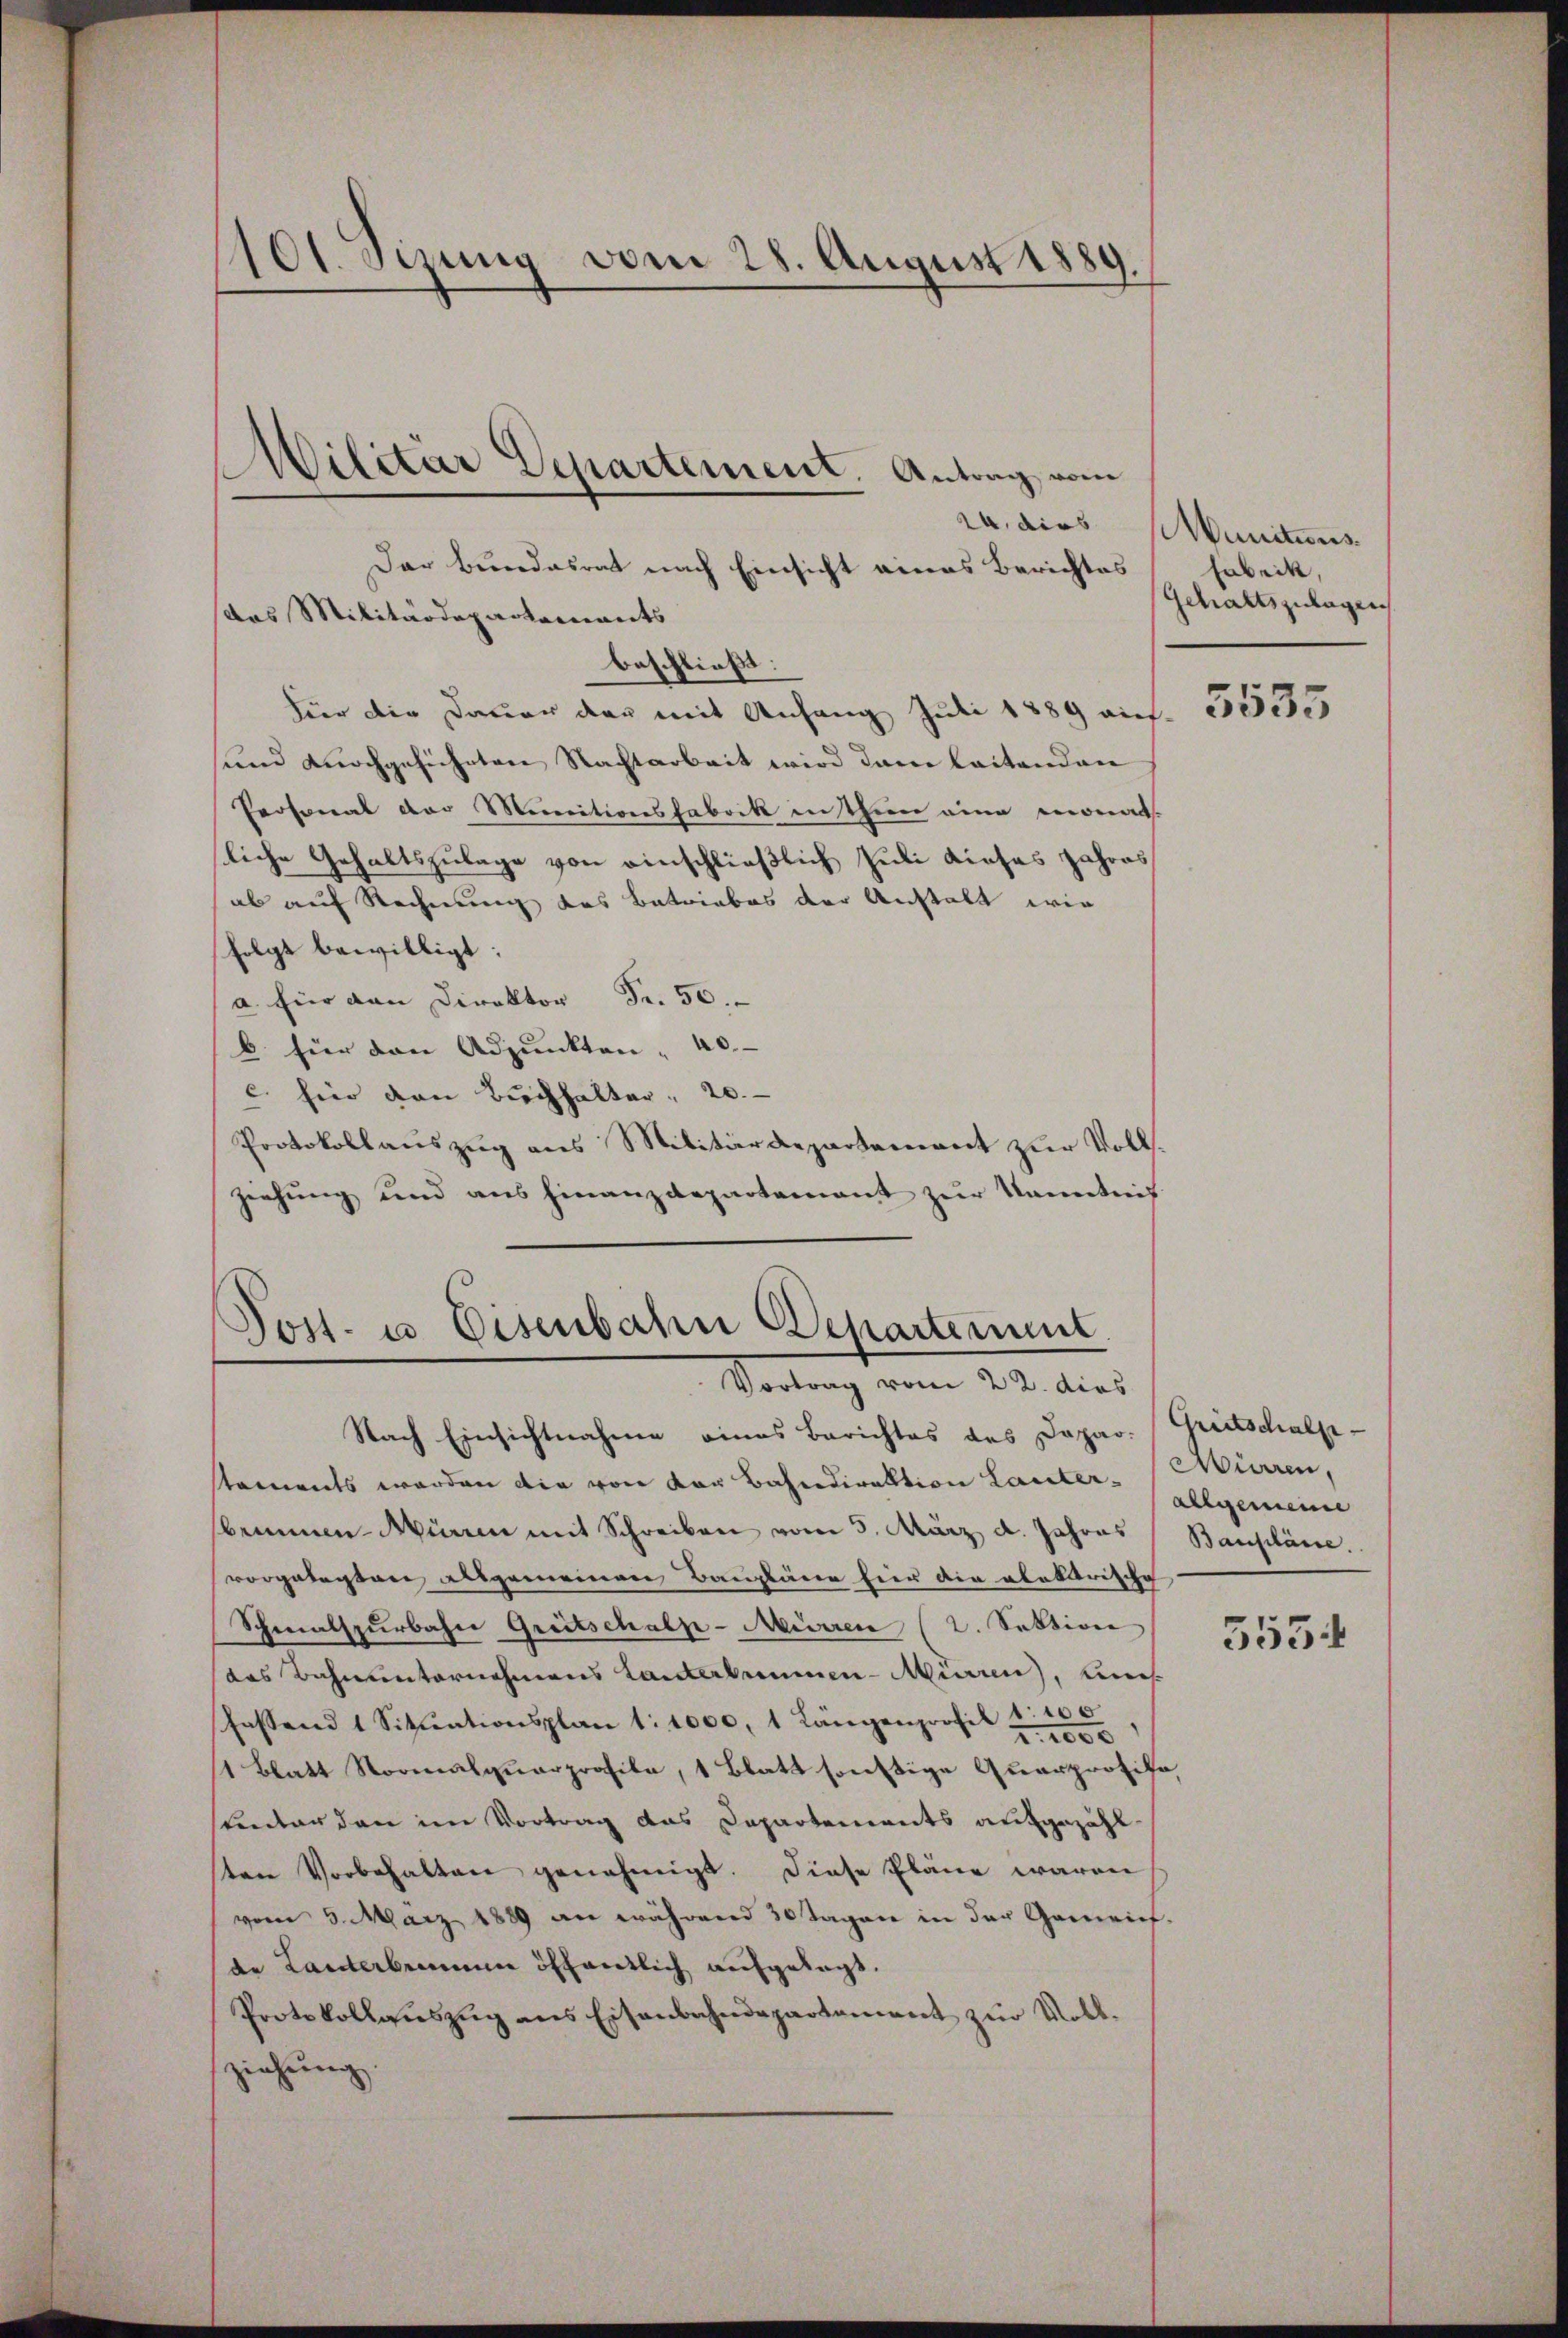
101. Sizung vom 28. August 1889.

das Militärdepartements
beschließt:
Für die Dauer der mit Anfang Juli 1889 auf¬
und durchgeführten Nachtarbeit wird dann leitenden
Prosonal der Minitionsfabrik in thun eine monat.
liche Gehaltszulage von einschließlich Juli dieses Jahres
ab auf Rechnung des Betriebes der Anstalt wie
folgt bewilligt:
a für dan Direktor Fr. 50.
b. für den Adjunkten " 40.
c. hier von Buchhalter, 20.
Protokollauszug aus Militärdepartement zur Vollziehung und aus Finanzdepartement zur Kenntnis

Militar Departement. Antrag vom
Der Bundesrat nach Einsicht eines Berichtes

Post- u. Eisenbahn Departement.
Vortrag vom 22. dies

Nach Einsichtnahme eines Berichtes des Dapar. Greitschalpe-
staments werden die von der Bahndirektion Laster allgemeine
brunnen-Mürren mit Schreiben vom 5. März d. Jahres Baupläne.
vorgelegten allgemeinen Baupläne für die alaktrische
Schmalspurbahn Greitschalp-Mürren (2. Sektion
das Bahnunternehmens Lanterkommen-Mürren, eines
Fastand 1 Sitŭationsplan 1:1000, 1 Längenprofil de
1 Blatt Normalqŭarprofile, 1 Blatt sonstige Qŭarprotiko
stentar den im Vortrag das Departements aufgezähl
sten Vorbehalten genehmigt. Diese Pläne waren
vom 5. März 1889 an während 30 Tagen in der Gemeint.
de Lanterbrenner öffentlich aufgelegt.
Protokollaŭszŭg ans Eisenbahndepartament zur Vollziehŭng

r. dies Munitions
Fabrik,
Gehaltszulagen

5533

Aiaren,

5534